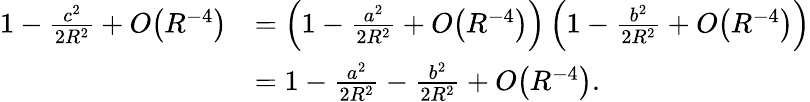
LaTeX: {\begin{array}{rl}{1-{\frac{c^{2}}{2R^{2}}}+O{\left(R^{-4}\right)}}&{=\left(1-{\frac{a^{2}}{2R^{2}}}+O{\left(R^{-4}\right)}\right)\left(1-{\frac{b^{2}}{2R^{2}}}+O{\left(R^{-4}\right)}\right)}\\ &{=1-{\frac{a^{2}}{2R^{2}}}-{\frac{b^{2}}{2R^{2}}}+O{\left(R^{-4}\right)}.}\end{array}}